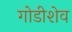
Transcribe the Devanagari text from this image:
गोडीशेव